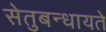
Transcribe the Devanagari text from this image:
सेतुबन्धायते